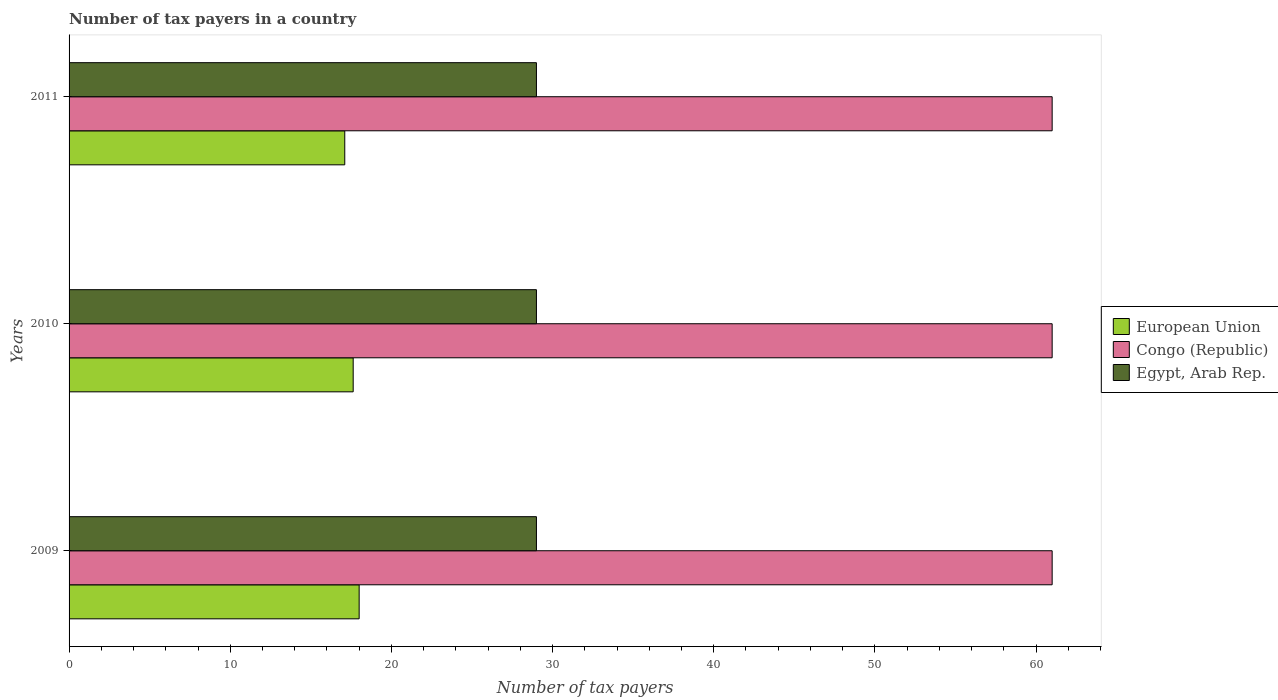
| Years | European Union | Congo (Republic) | Egypt, Arab Rep. |
 | --- | --- | --- | --- |
 | 2009 | 18 | 61 | 29 |
 | 2010 | 17.6 | 61 | 29 |
 | 2011 | 17.1 | 61 | 29 |